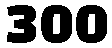
300